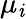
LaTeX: \mu_{\mathit{i}}